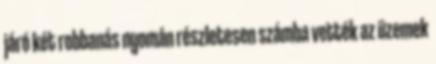
járó két robbanás nyomán részletesen számba vették az üzemek